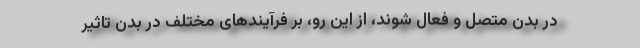
در بدن متصل و فعال شوند، از این رو، بر فرآیندهای مختلف در بدن تاثیر